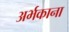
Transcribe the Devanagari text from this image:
अर्भकाना